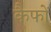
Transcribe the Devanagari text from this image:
कैफों